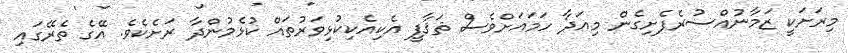
މިރަށަކީ ޒަމާނުއްސުރެފެށިގެން މިއަދާ ހަމައަށްވެސް ޘަޤާފީ އެކިއެކިކުޅިވަރުތައް ކުޅެމުންދާ ރަށެކެވެ. އޭގެ ތެރޭގައި